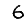
Digit: 6